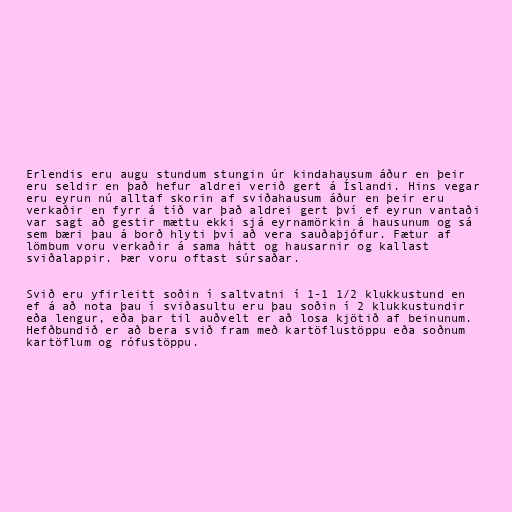
Erlendis eru augu stundum stungin úr kindahausum áður en þeir
eru seldir en það hefur aldrei verið gert á Íslandi. Hins vegar
eru eyrun nú alltaf skorin af sviðahausum áður en þeir eru
verkaðir en fyrr á tíð var það aldrei gert því ef eyrun vantaði
var sagt að gestir mættu ekki sjá eyrnamörkin á hausunum og sá
sem bæri þau á borð hlyti því að vera sauðaþjófur. Fætur af
lömbum voru verkaðir á sama hátt og hausarnir og kallast
sviðalappir. Þær voru oftast súrsaðar.

Svið eru yfirleitt soðin í saltvatni í 1-1 1/2 klukkustund en
ef á að nota þau í sviðasultu eru þau soðin í 2 klukkustundir
eða lengur, eða þar til auðvelt er að losa kjötið af beinunum.
Hefðbundið er að bera svið fram með kartöflustöppu eða soðnum
kartöflum og rófustöppu.